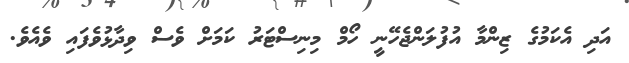
އަދި އެކަމުގެ ޒިންމާ އުފުލަންޖެހޭނީ ހޯމް މިނިސްޓަރު ކަމަށް ވެސް ވިދާޅުވެފައި ވެއެވެ.